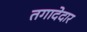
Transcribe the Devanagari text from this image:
तगादेदार